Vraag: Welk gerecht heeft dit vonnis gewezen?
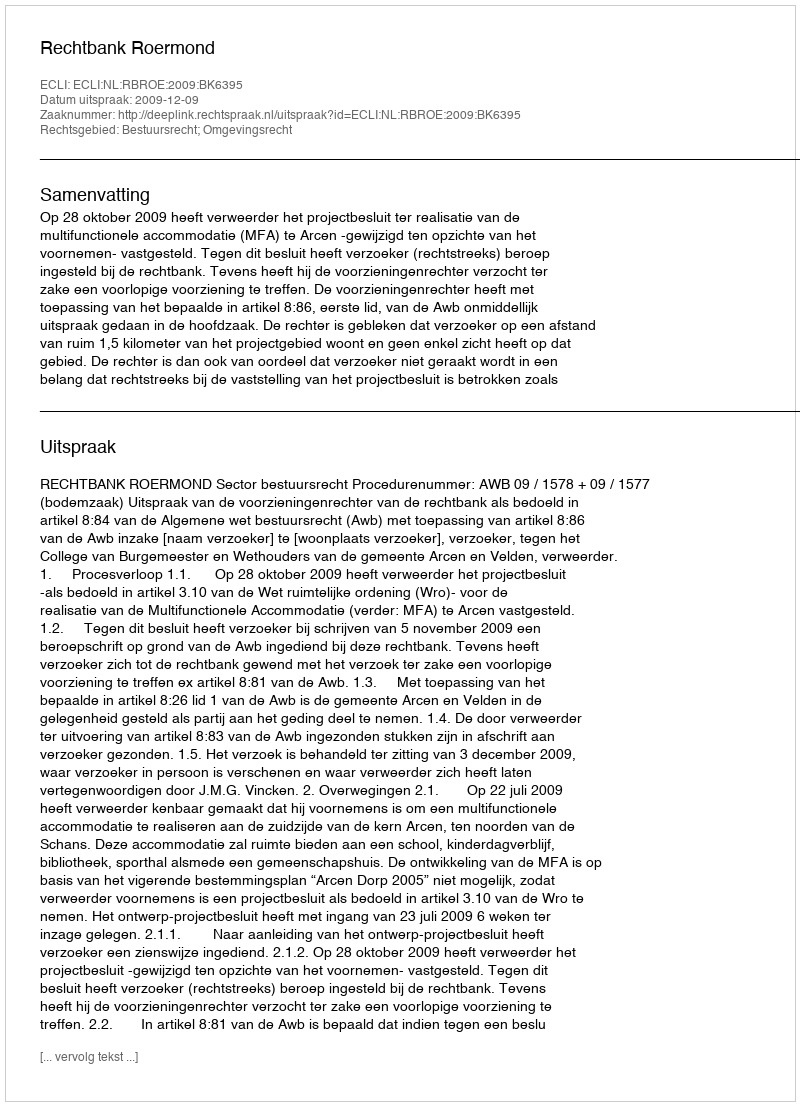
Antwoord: Rechtbank Roermond